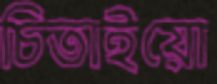
চিতাইয়ো